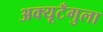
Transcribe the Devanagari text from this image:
अक्यूटँगुला